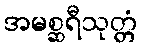
အမစ္ဆရီသုတ္တံ